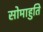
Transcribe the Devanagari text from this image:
सोमाहुति